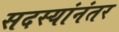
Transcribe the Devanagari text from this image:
सदस्यांनंतर